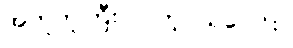
အတူတူကြီးလာတဲ့ငယ်ပေါင်း။